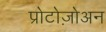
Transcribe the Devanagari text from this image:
प्रोटोज़ोअन